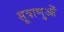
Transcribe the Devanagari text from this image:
सूत्राणुओं